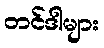
တင်ဒါများ